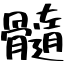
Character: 髓